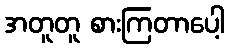
အတူတူ စားကြတာပေါ့